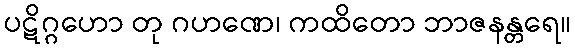
ပဋိဂ္ဂဟော တု ဂဟဏေ၊ ကထိတော ဘာဇနန္တရေ။